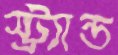
স্ট্র্যান্ড